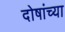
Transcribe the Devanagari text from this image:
दोषांच्या